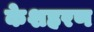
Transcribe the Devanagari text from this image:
केशहरण